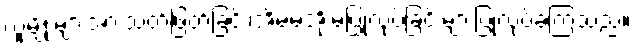
လူမျိုးများအားသတ်ဖြတ်ခြင်း၊အိမ်မဲ့အိုးမဲ့ပြုလုပ်ခြင်းများပြုလုပ်ခဲ့ကြသည်။